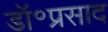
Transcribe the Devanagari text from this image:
डॉ॰प्रसाद